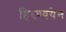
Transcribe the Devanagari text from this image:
हिरण्ययेन